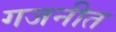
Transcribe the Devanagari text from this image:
गजनीत